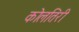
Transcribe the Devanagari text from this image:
कोलतिरी